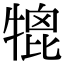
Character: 𤚪